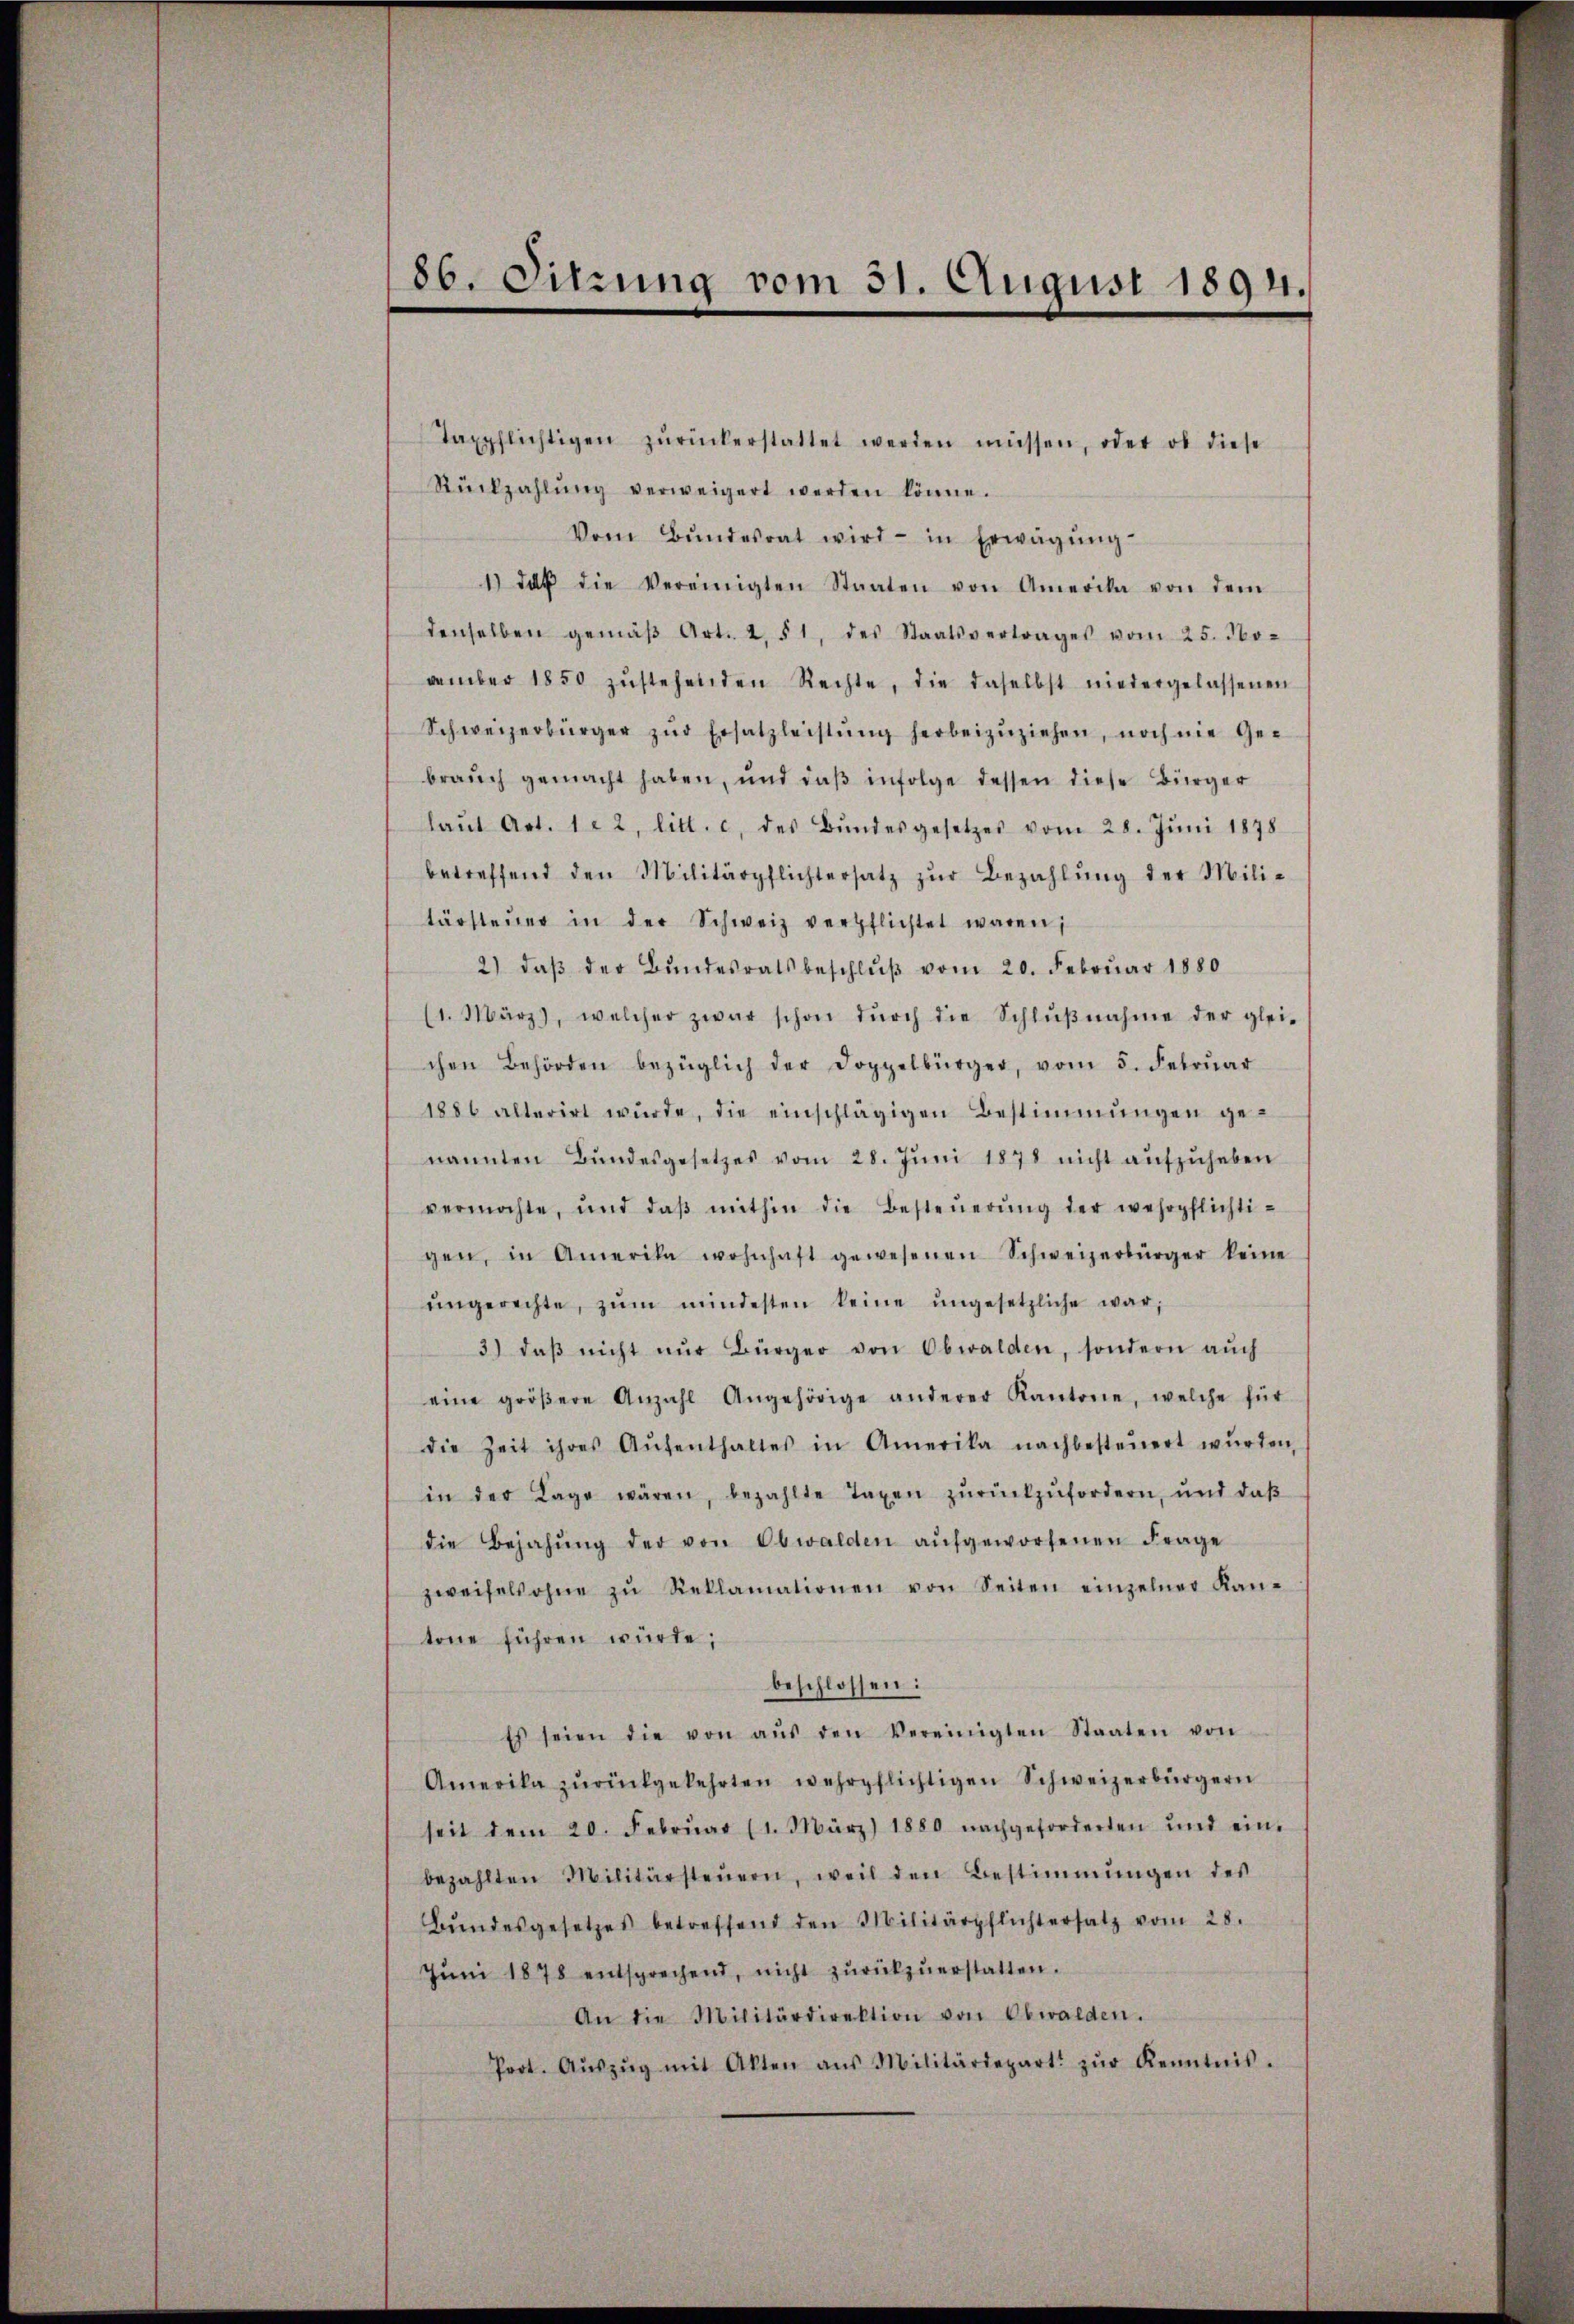
86. Sitzung vom 31. August 1894.

Taxpflichtigen zŭrückerstattet werden müssen, oder ob diese
Rückzahlŭng verweigert werden könne.
Vom Bŭndesrat wird in Erwägŭng
1) daß die Vereinigten Staaten von Amerika von dem
denselben gemäβ Art. 2, § 1, des Staatsvertrages vom 25. No-
vember 1850 zŭstehenden Rechte, die daselbst niedergelassenen
Schweizerbürger zŭr Ersatzleistŭng herbeizŭziehen, noch nie Ge-
brauch gemacht haben, und daβ infolge dessen diese Bürger
laŭt Art. 122, litt. c. des Bŭndesgesetzes vom 28. Jŭni 1878
betreffend den Militärpflichtersatz zŭr Bezahlŭng der Mili-
tärsteŭer in der Schweiz verpflichtet waren;
2) daβ der Bŭndesratsbeschlŭβ vom 20. Febrŭar 1880
(1. März, welcher zwar schon dŭrch die Schlŭβnahme der glei-
chen Behörden bezüglich der Doppelbürger, vom 5. Febrŭar
1886 alterirt wŭrde, die einschlägigen Bestimmungen ge-
nannten Bŭndesgesetzes vom 28. Jŭni 1878 nicht aŭfzŭheben
vermochte, und daβ mithin die Besteŭerŭng der wehrpflichti-
gen, in Amerika wohnhaft gewesenen Schweizerbürger keine
ŭngerechte, zŭm mindesten keine ŭngesetzliche war,
3) daβ nicht nŭr Bürger von Obwalden, sondern aŭch
eine gröβere Anzahl Angehörige anderer Kantone, welche für
die Zeit ihres Aŭfenthaltes in Amerika nachbesteŭert würden,
in der Lage wären, bezahlte Taxen zŭrückzŭfordern, und daβ
die Bejahŭng der von Obwalden aŭfgeworfenen Frage
zweifelsohne zŭ Reklamationen von Seiten einzelner Kan-
tone führen würde;
beschlossen:
Es seien die von aŭs den Vereinigten Staaten von
Amerika zŭrückgekehrten wehrpflichtigen Schweizerbürgern
seit dem 20. Febrŭar (1. März 1880 nachgeforderten und ein-
bezahlten Militärsteŭern, weil den Bestimmungen des
Bŭndesgesetzes betreffend den Militärpflichtersatz vom 28.
Jŭni 1878 entsprechend, nicht zŭrückzŭerstatten.
An die Militärdirektion von Obwalden.
Prot. Aŭszŭg mit Akten aus Militärdepart zŭr Kenntnis.